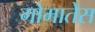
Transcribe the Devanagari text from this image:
गोमातेस